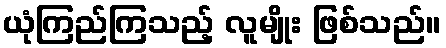
ယုံကြည်ကြသည့် လူမျိုး ဖြစ်သည်။